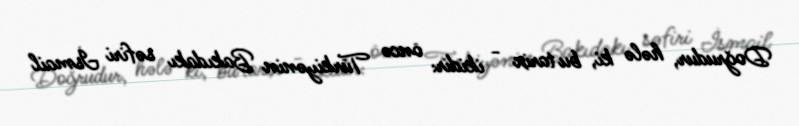
Doğrudur, hələ ki, bu tarix - ikidir: öncə Türkiyənin Bakıdakı səfiri İsmail